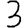
Digit: 3